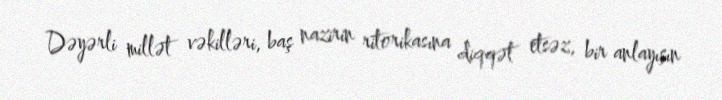
Dəyərli millət vəkilləri, baş nazirin ritorikasına diqqət etsəz, bir anlayışın